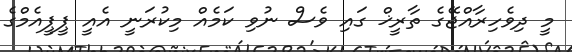
މީ ދިވެހިރާއްޖޭގެ ތާރީޚް ގައި ވެސް ނުވި ކަމެއް މިކުރަނީ އެއީ ޕީޕީއެމްގެ